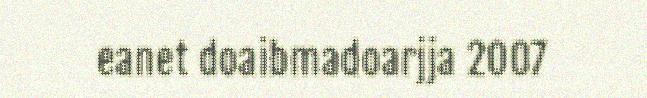
eanet doaibmadoarjja 2007